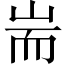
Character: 耑